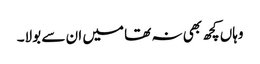
وہاں کچھ بھی نہ تھا میں ان سے بولا۔